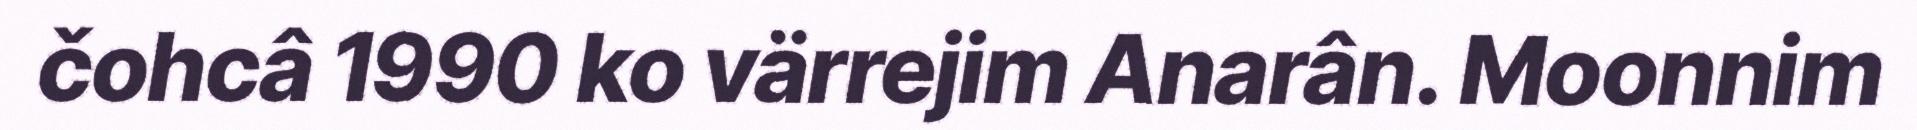
čohcâ 1990 ko värrejim Anarân. Moonnim